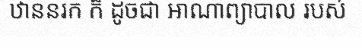
ឋាននរក ក៏ ដូចជា អាណាព្យាបាល របស់